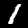
Digit: 1